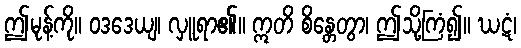
ဤမုန့်ကို။ ဝဒဒေယျ၊ လှူရာ၏။ ဣတိ စိန္တေတွာ၊ ဤသို့ကြံ၍။ ဃဋံ၊